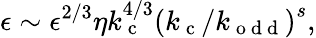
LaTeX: \epsilon\sim\epsilon^{2/3}\eta k_{\mathrm{~c~}}^{4/3}\left(k_{\mathrm{~c~}}/k_{\mathrm{~o~d~d~}}\right)^{s},